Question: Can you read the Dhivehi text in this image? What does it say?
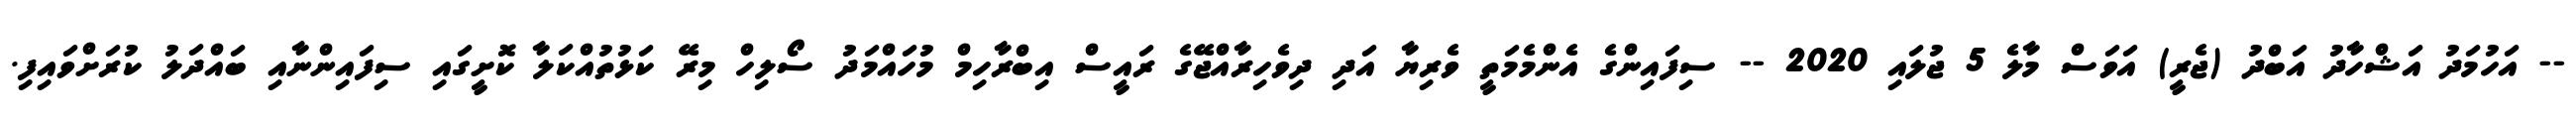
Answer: -- އަހުމަދު އަޝްހާދު އަބްދު (ޖެރީ) އަވަސް މާލެ 5 ޖުލައި 2020 -- ސިފައިންގެ އެންމެމަތީ ވެރިޔާ އަދި ދިވެހިރާއްޖޭގެ ރައީސް އިބްރާހިމް މުހައްމަދު ސޯލިހް މިރޭ ކަޅުތުއްކަލާ ކޮށީގައި ސިފައިންނާއި ބައްދަލު ކުރަށްވައިފި.